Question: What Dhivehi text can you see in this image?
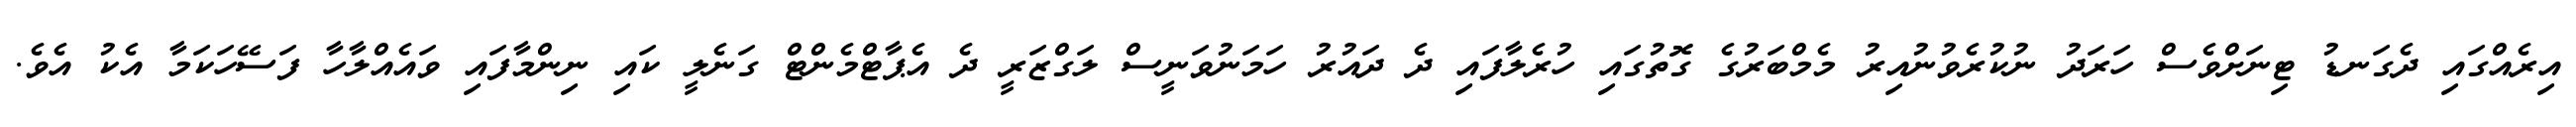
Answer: އިރެއްގައި ދެގަނޑު ޓިނަށްވެސް ހަރަދު ނުކުރެވުނުއިރު މެމްބަރުގެ ގޮތުގައި ހުރެލާފައި ދެ ދައުރު ހަމަނުވަނީސް ލަގްޒަރީ ދެ އެޕާޓްމެންޓް ގަނެލީ ކައި ނިންމާފައި ވައެއްލާހާ ފަސޭހަކަމާ އެކު އެވެ.